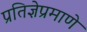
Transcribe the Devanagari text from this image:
प्रतिज्ञेप्रमाणे